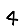
Digit: 4